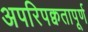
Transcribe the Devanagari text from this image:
अपरिपक्वतापूर्ण